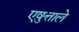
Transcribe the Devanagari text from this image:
एष़ुत्ताले